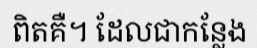
ពិតគឺ។ ដែលជាកន្លែង